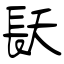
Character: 镺